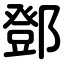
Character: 鄧